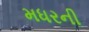
મધરની